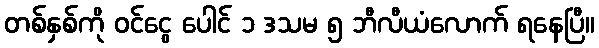
တစ်နှစ်ကို ဝင်ငွေ ပေါင် ၁ ဒသမ ၅ ဘီလီယံလောက် ရနေပြီ။